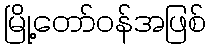
မြို့တော်ဝန်အဖြစ်